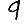
Digit: 9